Lunatic asylums Madras 1892-1911 - 1892-1911
Year: 1892
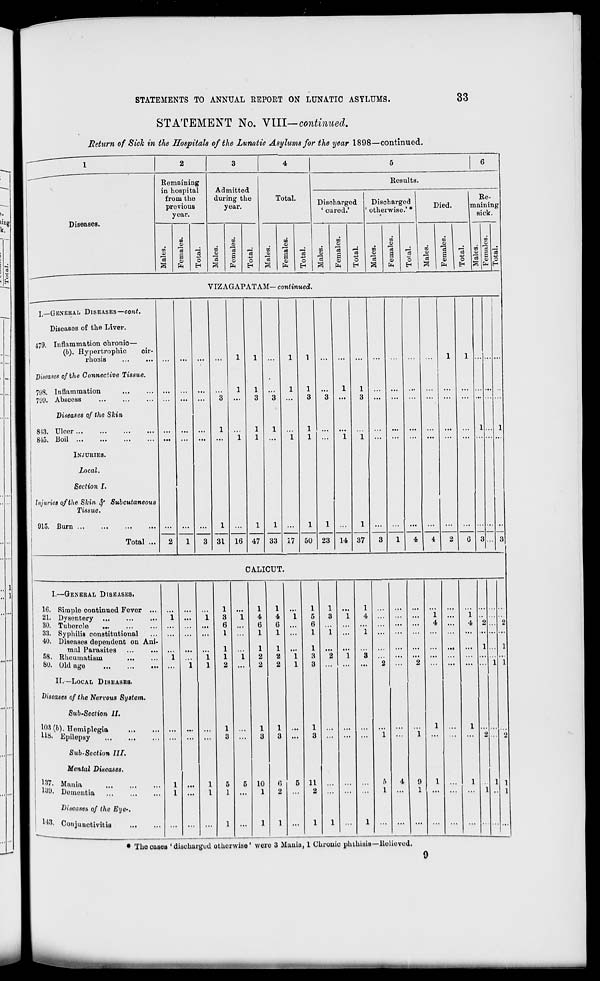
STATEMENTS TO ANNUAL REPOET ON LUNATIC ASYLUMS.
33
STATEMENT No. YIII-continued.
Return of Sick in the Hospitals of the Lunatic Asylums for the year 1898—continued.
Diseases.
Remaining
in hospital
from the
previous
year.
03
CO
1)
0>
fa
O
Admitted
during the
year.
a
DO
O
R
o
fa
o
Total.
0)
s
no
o
1
fa
Results.
Discharged
' cured.'
o
DO
03
OS
£
fa
o
Discharged
' otherwise.' *
C8
a
O)
a
O)
fa
Died.
Re-
maining!
sick.
to
<D
ID
d
c8
1 cJ
£ a
■*->
o
V
°
H 1 S fa I 6 *
3
VIZAGAPATAM— ccmfwmecZ.
j_—GENERAL DISEASES—cont.
Diseases of the Liver.
, 479. Inflammation ohronio—
(b). Hyportrophic
cir-
rhosis
Diseases of the Connective Tissue,
798. Inflammation
7'J'J. Abscess
Diseases of the Shin
; 813. Ulcer
! 815. Boil
INJURIES.
local.
Section I.
Injuries of the Skin. fy Subcutaneous
Tissue.
915. Burn ...
Total ...
1
31 16 47 33 17 50 23 14 37
4
CALICUT.
I.—GENERAL DISEASES,
16. Simple continued Fever ...
21. Dvsentery
30. Tuborcle
33. Syphilis constitutional
40. Diseases dependent on Ani-
mal Parasites
58. Rheumatism
SO. Old age
II.—LOCAL DISEASES.
Diseases of the Nervous System.
Sub-Section II.
103 (&), ITomiplegia
U& Epilepsy
Sub-Section III.
Mental Diseases.
|W. Mania
139. Dementia
Diseases of the Eye-.
148. Conjunctivitis
1
4
6
1
1
2
2
10
1
l
i 5
..
6
••
1
1
i 3
I
3
1
••
3
11
2
* The oases ' discharged otherwise' were 3 Muuiu, 1 Chronic phthisis—-Relieved.